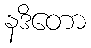
နဒိတော